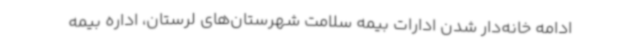
ادامه خانه‌دار شدن ادارات بیمه سلامت شهرستان‌های لرستان، اداره بیمه